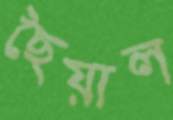
ছৈয়াল